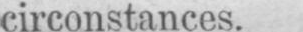
circonstances.